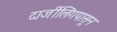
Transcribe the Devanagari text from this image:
दार्जीलिंगपासून